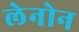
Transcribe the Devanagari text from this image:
लेनोन